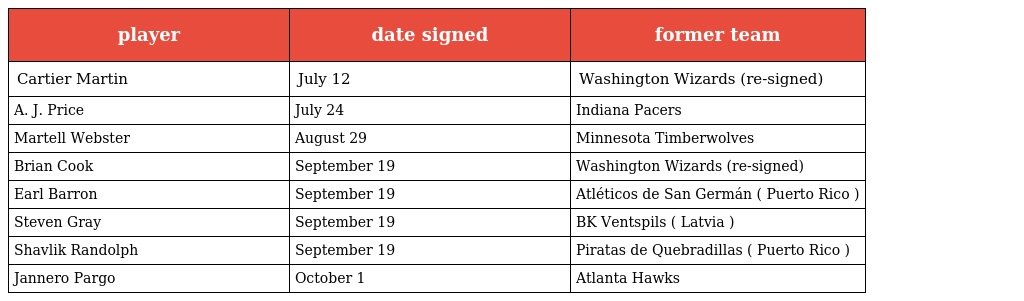
| player | date signed | former team |
 | --- | --- | --- |
 | Cartier Martin | July 12 | Washington Wizards (re-signed) |
 | A. J. Price | July 24 | Indiana Pacers |
 | Martell Webster | August 29 | Minnesota Timberwolves |
 | Brian Cook | September 19 | Washington Wizards (re-signed) |
 | Earl Barron | September 19 | Atléticos de San Germán ( Puerto Rico ) |
 | Steven Gray | September 19 | BK Ventspils ( Latvia ) |
 | Shavlik Randolph | September 19 | Piratas de Quebradillas ( Puerto Rico ) |
 | Jannero Pargo | October 1 | Atlanta Hawks |